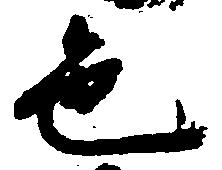
色